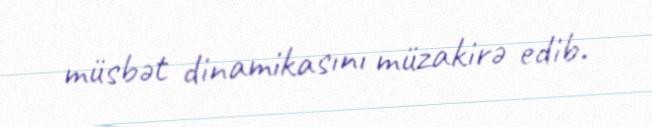
müsbət dinamikasını müzakirə edib.